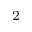
^ { 2 }